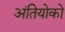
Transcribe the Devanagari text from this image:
अंतियोको